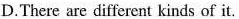
D.There are different kinds of it.